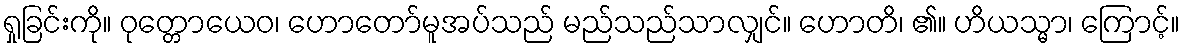
ရှုခြင်းကို။ ဝုတ္တောယေဝ၊ ဟောတော်မူအပ်သည် မည်သည်သာလျှင်။ ဟောတိ၊ ၏။ ဟိယသ္မာ၊ ကြောင့်။